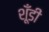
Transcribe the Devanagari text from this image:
शूँडी